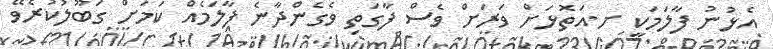
އެޅުނު ފާލަމަކީ ށ.އަތޮޅަށް ވަރަށް ވެސް ފާގަތި ވެގެންދާނެ ފާލަމެއް ކަމަށް ގަބޫލުކުރެވޭ